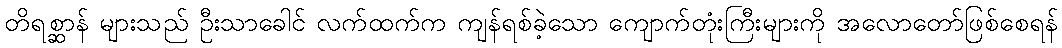
တိရစ္ဆာန် များသည် ဦးသာခေါင် လက်ထက်က ကျန်ရစ်ခဲ့သော ကျောက်တုံးကြီးများကို အလောတော်ဖြစ်စေရန်